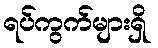
ရပ်ကွက်များရှိ